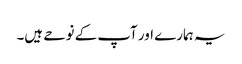
یہ ہمارے اور آپ کے نوحے ہیں۔